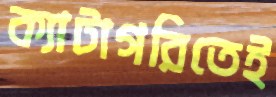
ক্যাটাগরিতেই